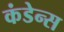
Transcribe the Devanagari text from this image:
कंडेन्स